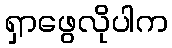
ရှာဖွေလိုပါက